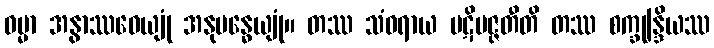
ဓမ္မာ အနွာဿဝေယျုံ အနုဗန္ဓေယျုံ။ တဿ သံဝရာယ ပဋိပဇ္ဇတီတိ တဿ စက္ခုန္ဒြိယဿ